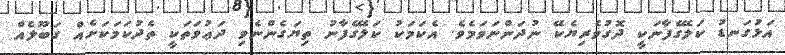
އަޅުގަނޑު ކަލޭގެފާނަކީ ދޮގުވެރިޔެކޭ ނުދަންނަވަމެވެ. އެކަމަކު ކަލޭގެފާނު ތިޔަގެންނެވި ދަޢުވަތަކީ ތެދުކަމަކަށެއް ގަބޫލެއް